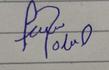
Signature authenticity: forged